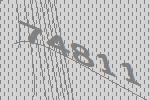
74811